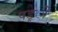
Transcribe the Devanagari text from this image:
पङ्ी